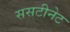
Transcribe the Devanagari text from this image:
ससटीनेट